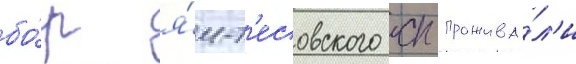
бо́р я́м-т'есовского сп прожива́л'и